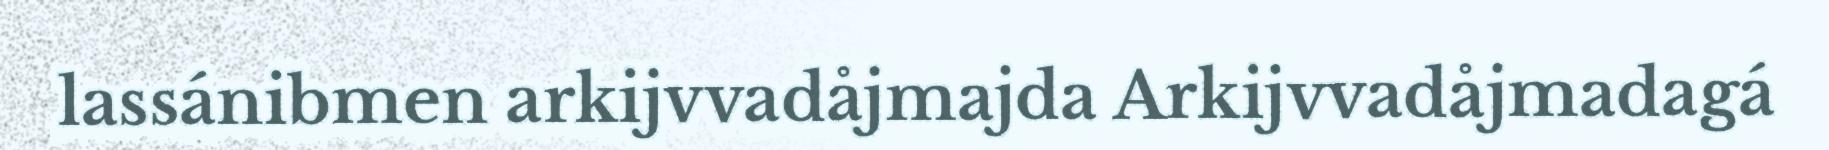
lassánibmen arkijvvadåjmajda Arkijvvadåjmadagá